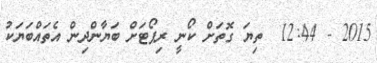
2015 - 12:44  ތިޔަ ގޮތަށް ކޯނީ ރިޕޯޓަށް ބަޔާންދިން އެތައްބަޔަކު